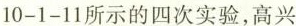
10-1-11所示的四次实验，高兴